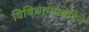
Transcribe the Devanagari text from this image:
विविधागमवेदिने